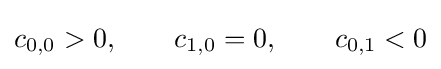
c_{0,0}>0,\qquad c_{1,0}=0,\qquad c_{0,1}<0